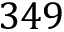
3 4 9